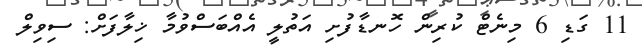
11 ގަޑި 6 މިނެޓް ކުރިން ހޮނޑާފުށި އަތުލީ އެއްބަސްވުމާ ޚިލާފަށް: ސިވިލް